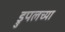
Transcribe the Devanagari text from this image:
ड्रुपलच्या